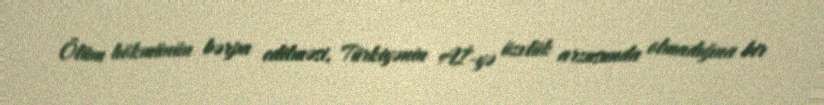
Ölüm hökmünün bərpa edilməsi, Türkiyənin Aİ-yə üzvlük arzusunda olmadığına bir